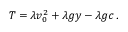
\begin{array} { r } { T = \lambda v _ { 0 } ^ { 2 } + \lambda g y - \lambda g c \, . } \end{array}